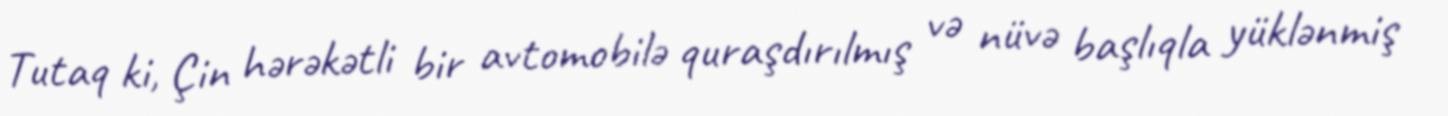
Tutaq ki, Çin hərəkətli bir avtomobilə quraşdırılmış və nüvə başlıqla yüklənmiş